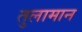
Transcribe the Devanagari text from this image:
तुलामान